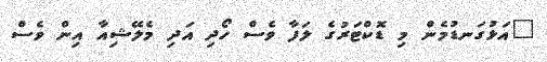
"އަޅުގަނޑުމެން މި ޑޮކްޓަރުގެ ލަފާ ވެސް ހޯދި އަދި މެލޭޝިއާ އިން ވެސް